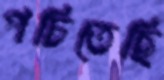
পচিতেছি